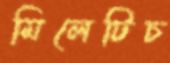
মিলেটিচ